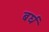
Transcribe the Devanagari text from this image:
बर्घ